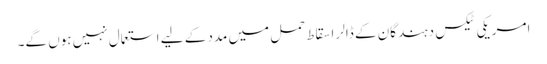
امریکی ٹیکس دہندگان کے ڈالر اسقاط حمل میں مدد کے لیے استعمال نہیں ہوں گے۔